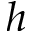
h